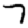
Digit: 7